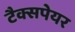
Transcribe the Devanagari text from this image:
टैक्सपेयर